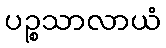
ပဉ္စသာလာယံ